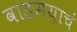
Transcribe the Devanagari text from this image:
वाङमय़ाचं